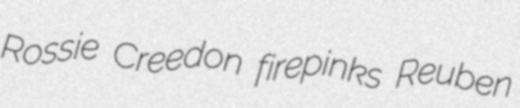
Rossie Creedon firepinks Reuben